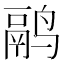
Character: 鹝